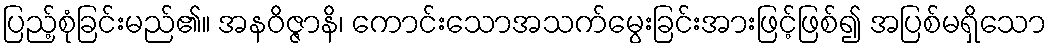
ပြည့်စုံခြင်းမည်၏။ အနဝိဇ္ဇာနိ၊ ကောင်းသောအသက်မွေးခြင်းအားဖြင့်ဖြစ်၍ အပြစ်မရှိသော